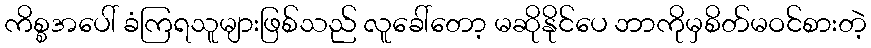
ကိစ္စအပေါ် ခံကြရသူများဖြစ်သည် လူခေါ်တော့ မဆိုနိုင်ပေ ဘာကိုမှစိတ်မဝင်စားတဲ့